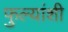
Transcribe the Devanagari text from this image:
फुल्यांशी